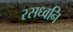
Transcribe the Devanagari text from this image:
रसध्वनि